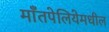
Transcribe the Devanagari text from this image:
माँतपेलियेमधील